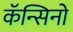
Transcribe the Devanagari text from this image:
कॅन्सिनो